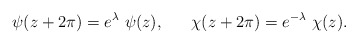
\begin{align*}\psi(z+2\pi)=e^\lambda\,\,\psi(z),~~~~~\chi(z+2\pi)=e^{-\lambda}\,\,\chi(z).\end{align*}